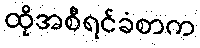
ထိုအစီရင်ခံစာက